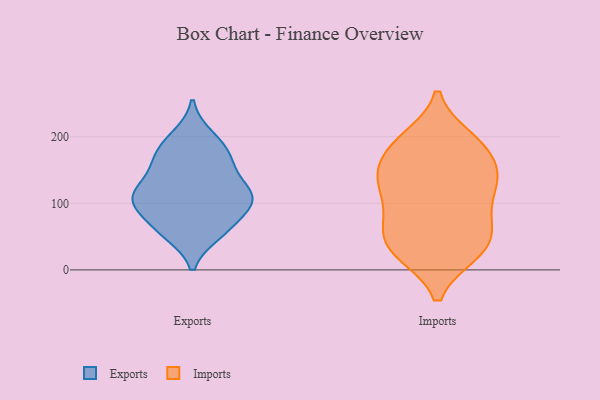
{"axis": {"x": "Shipments", "y": "Value"}, "legend": ["Exports", "Imports"], "data": [{"x": "", "y": 109, "type": "Exports"}, {"x": "", "y": 63, "type": "Exports"}, {"x": "", "y": 172, "type": "Exports"}, {"x": "", "y": 55, "type": "Exports"}, {"x": "", "y": 185, "type": "Exports"}, {"x": "", "y": 114, "type": "Exports"}, {"x": "", "y": 156, "type": "Exports"}, {"x": "", "y": 97, "type": "Exports"}, {"x": "", "y": 150, "type": "Exports"}, {"x": "", "y": 116, "type": "Exports"}, {"x": "", "y": 103, "type": "Exports"}, {"x": "", "y": 200, "type": "Exports"}, {"x": "", "y": 62, "type": "Exports"}, {"x": "", "y": 107, "type": "Exports"}, {"x": "", "y": 193, "type": "Imports"}, {"x": "", "y": 134, "type": "Imports"}, {"x": "", "y": 54, "type": "Imports"}, {"x": "", "y": 133, "type": "Imports"}, {"x": "", "y": 25, "type": "Imports"}, {"x": "", "y": 129, "type": "Imports"}, {"x": "", "y": 131, "type": "Imports"}, {"x": "", "y": 82, "type": "Imports"}, {"x": "", "y": 27, "type": "Imports"}, {"x": "", "y": 150, "type": "Imports"}, {"x": "", "y": 27, "type": "Imports"}, {"x": "", "y": 27, "type": "Imports"}, {"x": "", "y": 79, "type": "Imports"}, {"x": "", "y": 177, "type": "Imports"}, {"x": "", "y": 74, "type": "Imports"}, {"x": "", "y": 197, "type": "Imports"}, {"x": "", "y": 170, "type": "Imports"}, {"x": "", "y": 53, "type": "Imports"}, {"x": "", "y": 193, "type": "Imports"}, {"x": "", "y": 122, "type": "Imports"}]}